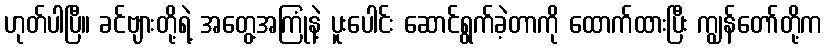
ဟုတ်ပါပြီ။ ခင်ဗျားတို့ရဲ့ အတွေ့အကြုံနဲ့ ပူးပေါင်း ဆောင်ရွက်ခဲ့တာကို ထောက်ထားပြီး ကျွန်တော်တို့က